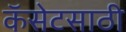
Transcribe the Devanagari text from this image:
कॅसेटसाठी